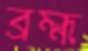
ব্রহ্ম